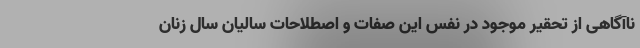
ناآگاهی از تحقیر موجود در نفس این صفات و اصطلاحات سالیان سال زنان